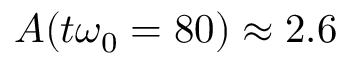
A ( t \omega _ { 0 } = 8 0 ) \approx 2 . 6